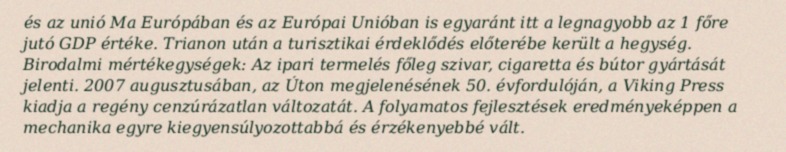
és az unió Ma Európában és az Európai Unióban is egyaránt itt a legnagyobb az 1 főre jutó GDP értéke. Trianon után a turisztikai érdeklődés előterébe került a hegység. Birodalmi mértékegységek: Az ipari termelés főleg szivar, cigaretta és bútor gyártását jelenti. 2007 augusztusában, az Úton megjelenésének 50. évfordulóján, a Viking Press kiadja a regény cenzúrázatlan változatát. A folyamatos fejlesztések eredményeképpen a mechanika egyre kiegyensúlyozottabbá és érzékenyebbé vált.